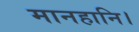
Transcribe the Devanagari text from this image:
मानहानि।